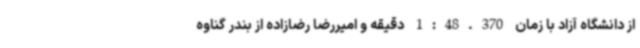
از دانشگاه آزاد با زمان 1:48.370 دقیقه و امیررضا رضازاده از بندر گناوه